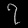
Digit: ၇